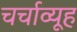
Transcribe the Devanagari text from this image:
चर्चाव्यूह